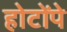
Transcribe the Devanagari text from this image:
होटोंपे